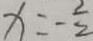
x = - \frac { 2 } { 2 }